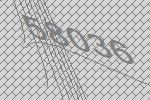
58036